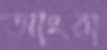
আংরা